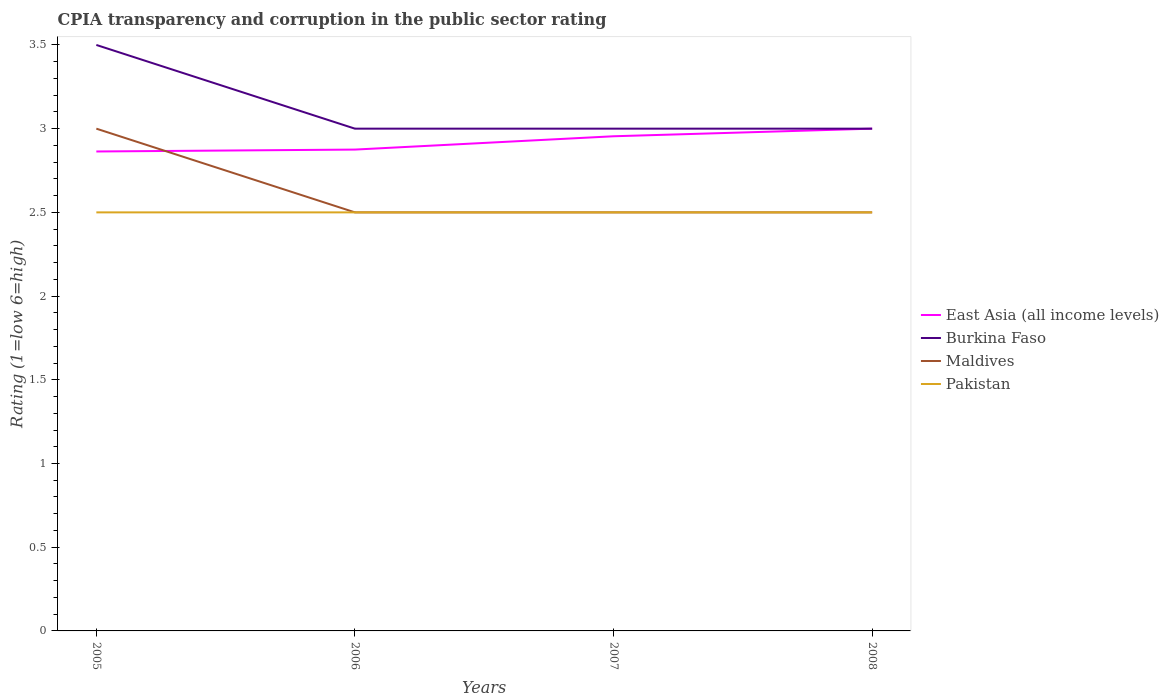
| Years | East Asia (all income levels) | Burkina Faso | Maldives | Pakistan |
 | --- | --- | --- | --- | --- |
 | 2005 | 2.86 | 3.5 | 3 | 2.5 |
 | 2006 | 2.88 | 3 | 2.5 | 2.5 |
 | 2007 | 2.95 | 3 | 2.5 | 2.5 |
 | 2008 | 3 | 3 | 2.5 | 2.5 |